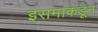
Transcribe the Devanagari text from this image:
इसमाकडून